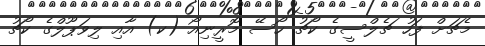
މެޗަށް ފަހު ޗެލްސީގެ ކޯޗު ހޯސޭ މޮރީނިއޯ (ކ) އާއި ލިވަޕޫލްގެ ކޯޗު